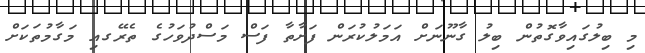
މި ބިލުގައިވާގޮތުން ބިލު ގާނޫނަށް އަމަލުކުރަން ފަށާތާ ފަސް މަސްދުވަހުގެ ތެރޭގއި މަގާމުތަކަށް